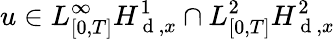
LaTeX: u\in L_{[0,T]}^{\infty}H_{\mathrm{~d~},x}^{1}\cap L_{[0,T]}^{2}H_{\mathrm{~d~},x}^{2}